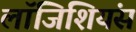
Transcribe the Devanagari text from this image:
लॉजिशियंस